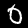
Label: 0